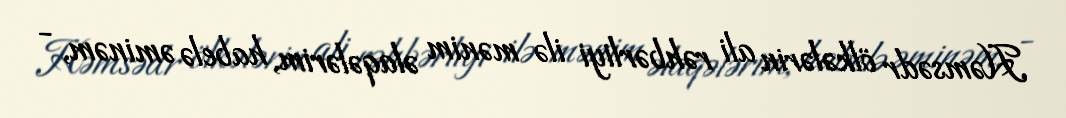
Həmsədr ölkələrin ali rəhbərliyi ilə mənim əlaqələrim, habelə əminəm, -